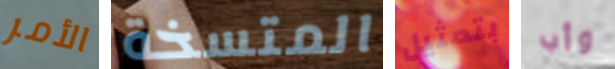
الأمر المتسخة بتمثيل وأب